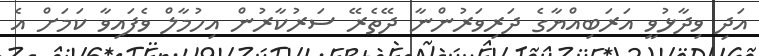
އަދި ވިދާޅުވީ އަރަބިއްޔާގެ ދަރިވަރުންނާ ދޭތެރޭ ސަރުކާރުން އިހުމާލް ވެފައިވާ ކަމަށް އެ